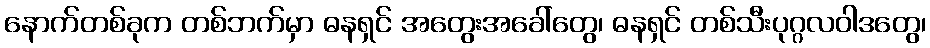
နောက်တစ်ခုက တစ်ဘက်မှာ ဓနရှင် အတွေးအခေါ်တွေ၊ ဓနရှင် တစ်သီးပုဂ္ဂလဝါဒတွေ၊